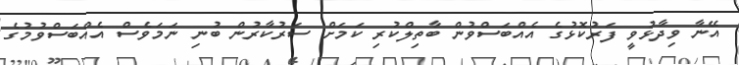
އޭނާ ވިދާޅުވީ ފަރުކޮޅުގެ އެއްބަސްވުން ބާތިލްކުރި ކަމަށް ސަރުކާރުން ބުނި ނަމަވެސް އެއްބަސްވުމުގެ